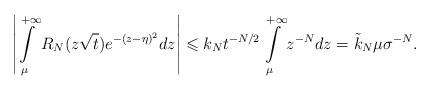
LaTeX: \begin{align*} \left| \int\limits_{\mu}^{+\infty} R_N(z\sqrt{t}) e^{-(z-\eta)^2} dz \right| \leqslant k_N t^{-N/2} \int\limits_{\mu}^{+\infty} z^{-N}dz = \tilde{k}_N \mu \sigma^{-N}. \end{align*}